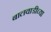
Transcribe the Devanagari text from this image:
बालवाडीच्या